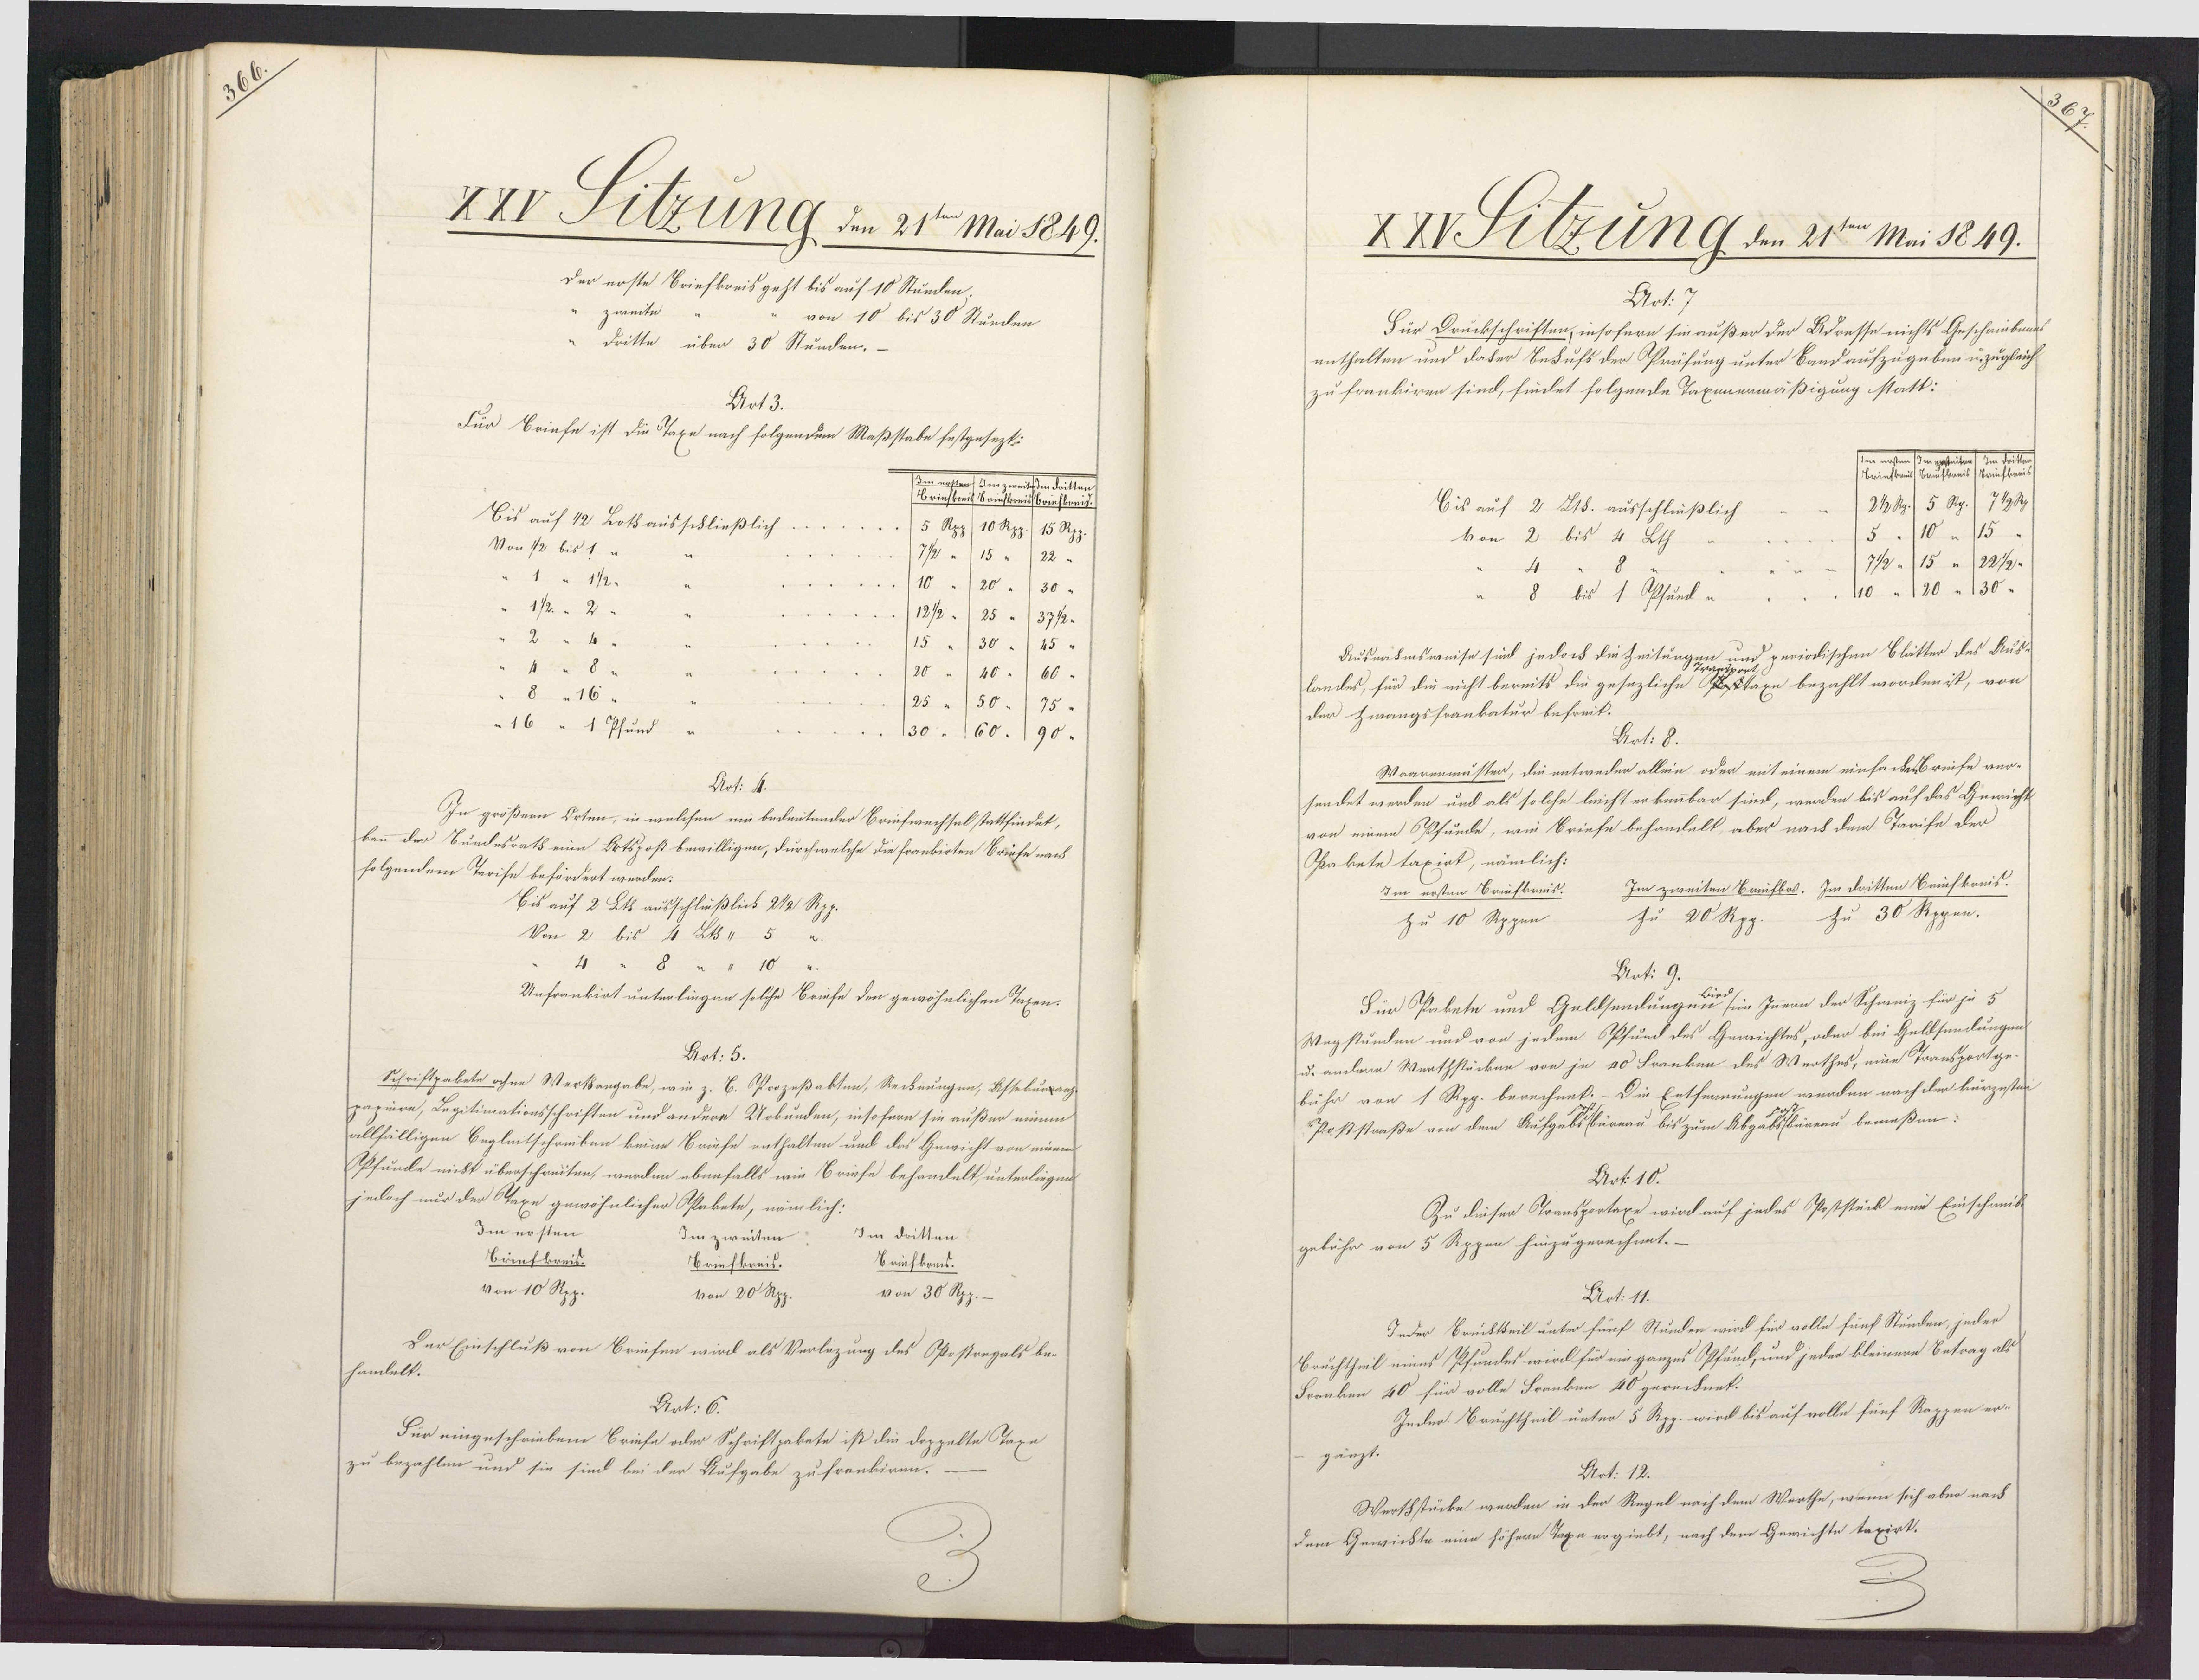
8

XXV Sitzung den 21ten Mai 1849.
Der erste Briefkreisgeht bis auf 10 Stunden.
zweite
von 10 bis 30 Stunden.
Dritte über 30 Stunden.-
Art 3.
Für Briefe ist die Taxe nach folgendem Maßstabe festgesezt:
Im nah
etsden dritten
rinsts
eissbrieftweit.
Bis auf 12 Loth ausschließlich
5 Rpp) 10 Rpp. 15 Rpp.
Von 12 bis 1 u
1 " 112
1/2. " 2"
2 " 4 "
" 8
8 " 16"
"16 " 1 Pfund u
130.
90
Art: 4.
In größern Orten, in welchen ein bedeutender Briefwechsel stattfindet,
kann der Bundesrath eine Ortspost bewilligen, durchwelche die frankirten Briefe nach
folgendem Tarife befördert werden:
Bis auf 2 Lk ausschlüßlich 212 Rpp.
Von 2 bis 4 Lk " 5
8 "
Unfrankiat unterlingen solche Briefe den gewöhnlichen Taxen-
Art: 5.
Schriftpakete ohne Werkangabe, wie z. B. Prozeßakten, Rechnungen, Assekumanh
papiere, Legitimationsschriften und andere Urkunden, insofern sie außer einem
allfälligen Begleitschreiben keine Brife enthalten und das Gewicht von einem
Apfunde nicht überschreiten, wurden ebenfalls wie Briefe behandelt, unterliegen
jedoch nur der Staxe gewöhnlicher Aakete, nämlich-
Im ersten
Imzweiten.
Im dritten
Brinfkreis.
Briefkreis.
Briefkreis.
von 10 Rpp.
von 20 Rpp.
von 30 Rpp.
Der Einschluß von Briefen wird als Verlezung des Opostrngals be¬
handelt.
Art: 6.
Für eingeschriebene Briefe oder Schriftpakete ist die doppalte Taxe-
zu bezahlen und sie sind bei der Aufgabe zu frenkiren.

XXVSlzung den 21ten Mai 1849.
Art: 7.
Für Druckschriften, insofern sin außer der Adresse nichts Geschriebengs
enthalten und dader Behufs der Prüfung unter Band aufzugeben u. zugleich
zu frankiren sind, findet folgende Taxinermäßigung statt:
24 dg. 5 Rp. 7190
Eis auf 2 Lth. ausschlüeßlich
10 " 15 "
von 2 bis 4 Lth.
71/2 " 15 " 22 /2-
110 " 120 " 130"
8 bis 1 Opfund u.
periodischen Blätter des Aus-
Ausnahmsweise sind jedoch die Zeitungen im
landes, für die nicht bereits die gesezliche kaxe bezahlt worden ist, von
der Zwangsfrankatur befreit.
Art: 8.
Waarenmuster, die entweder allein oder mit einem einfachesbreife ver¬
sendet werden und als solche leicht erkennbar sind, werden bis auf das Gewicht
von einem Ppfunde, wie Briefe behandelt, aber nach dem Tarife der
Oakete taxirt, nämlich:
Im zweiten Briifbos. Im dritten Beinfkreis.
Im ersten Briefkreis.
zu 30 Rppen.
zu 20 Rpp.
zu 10 Rppen
Art: 9.
Für Paketn und Geldsendunge sein Inern der Schweiz für je 5
Wegstunden und von jedem SPfund des Gewichtes, oder bei Geldsendungen
u. andern Werthstücken von je 40 Franken des Werthes, eine Transportge-
bühr von 1 Rpp. berechnet.- Die Entfernungen werden nach der kurzesten
Poststraße von dem Aufgebs burnau bis zum Abgassbaarau bemeßen:
Art. 10.
Zu dieser Stransportaxe wird auf jedes Poststück eine Einschweide
gebähr von 5 Rppen hinzugerechnet.-
Art. 11.
Jeder Bruchtteil unter fünf Stunden wird für volle fünf Stunden, jeder
Bruchtheil eines Pfundes wird für ein ganzes Pfund, und jeder kleinere Betrag als
Franken 40 für volle Franken 40 gerechnet.
Inder Bruchtheil unter 5 Rpp. wird bis auf volle fünf Rappen er-
gänzt.
Art: 12.
Wershstücke werden in der Regel nach dem Worthe, wenn sich aber nach
dem Gewichte eine höhern Taxe ergiebt, nach dem Gewichte taxirt.